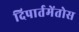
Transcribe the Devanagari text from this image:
दिपार्तमेंतोस